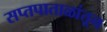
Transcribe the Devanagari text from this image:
सप्तपाताळांतून